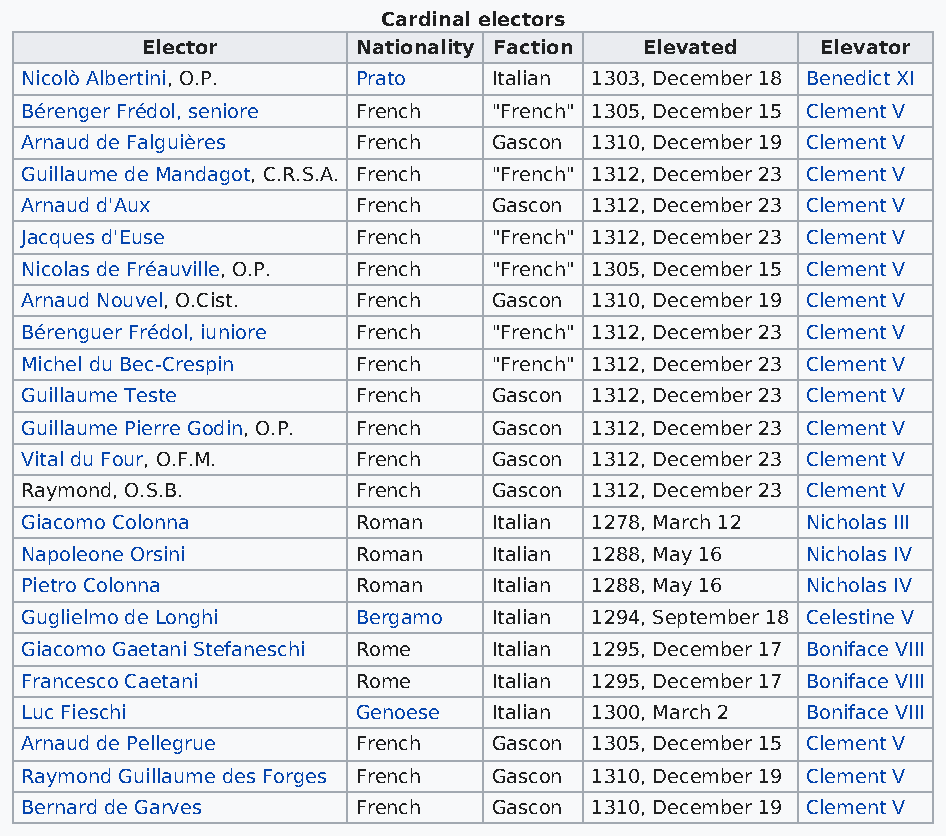
Cardinal electors
 Elector        Nationality Faction Elevated  Elevator
 Nicolò Albertini, O.P. Prato    Italian 1303, December 18 Benedict XI
 Bérenger Frédol, seniore French "French" 1305, December 15 Clement V
 Arnaud de Falguières   French   Gascon 1310, December 19 Clement V
 Guillaume de Mandagot, C.R.S.A. French "French" 1312, December 23 Clement V
 Arnaud d'Aux           French   Gascon 1312, December 23 Clement V
 Jacques d'Euse         French   "French" 1312, December 23 Clement V
 Nicolas de Fréauville, O.P. French "French" 1305, December 15 Clement V
 Arnaud Nouvel, O.Cist. French   Gascon 1310, December 19 Clement V
 Bérenguer Frédol, iuniore French "French" 1312, December 23 Clement V
 Michel du Bec-Crespin  French   "French" 1312, December 23 Clement V
 Guillaume Teste        French   Gascon 1312, December 23 Clement V
 Guillaume Pierre Godin, O.P. French Gascon 1312, December 23 Clement V
 Vital du Four, O.F.M.  French   Gascon 1312, December 23 Clement V
 Raymond, O.S.B.        French   Gascon 1312, December 23 Clement V
 Giacomo Colonna        Roman    Italian 1278, March 12 Nicholas III
 Napoleone Orsini       Roman    Italian 1288, May 16 Nicholas IV
 Pietro Colonna         Roman    Italian 1288, May 16 Nicholas IV
 Guglielmo de Longhi    Bergamo  Italian 1294, September 18 Celestine V
 Giacomo Gaetani Stefaneschi Rome Italian 1295, December 17 Boniface VIII
 Francesco Caetani      Rome     Italian 1295, December 17 Boniface VIII
 Luc Fieschi            Genoese  Italian 1300, March 2 Boniface VIII
 Arnaud de Pellegrue    French   Gascon 1305, December 15 Clement V
 Raymond Guillaume des Forges French Gascon 1310, December 19 Clement V
 Bernard de Garves      French   Gascon 1310, December 19 Clement V